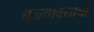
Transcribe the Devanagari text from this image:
बजवावयाची